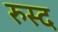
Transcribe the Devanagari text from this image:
रुस्द